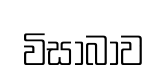
විසාබාව